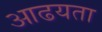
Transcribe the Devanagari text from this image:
आढयता